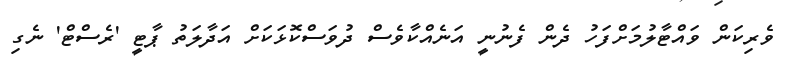
ވެރިކަން ވައްޓާލުމަށްފަހު ދެން ފެނުނީ އަނެއްކާވެސް ދުވަސްކޮޅަކަށް އަދާލަތު ޕާޓީ 'ރެސްޓް' ނެގި